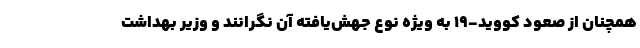
همچنان از صعود کووید-۱۹ به ویژه نوع جهش‌یافته آن نگرانند و وزیر بهداشت